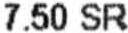
7.50 SR